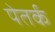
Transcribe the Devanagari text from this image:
पेतर्क